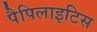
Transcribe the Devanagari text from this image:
पैपिलाइटिस